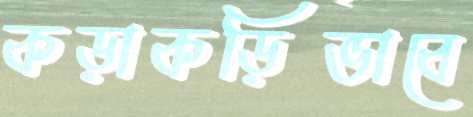
কড়াকড়িভাবে